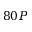
8 0 P